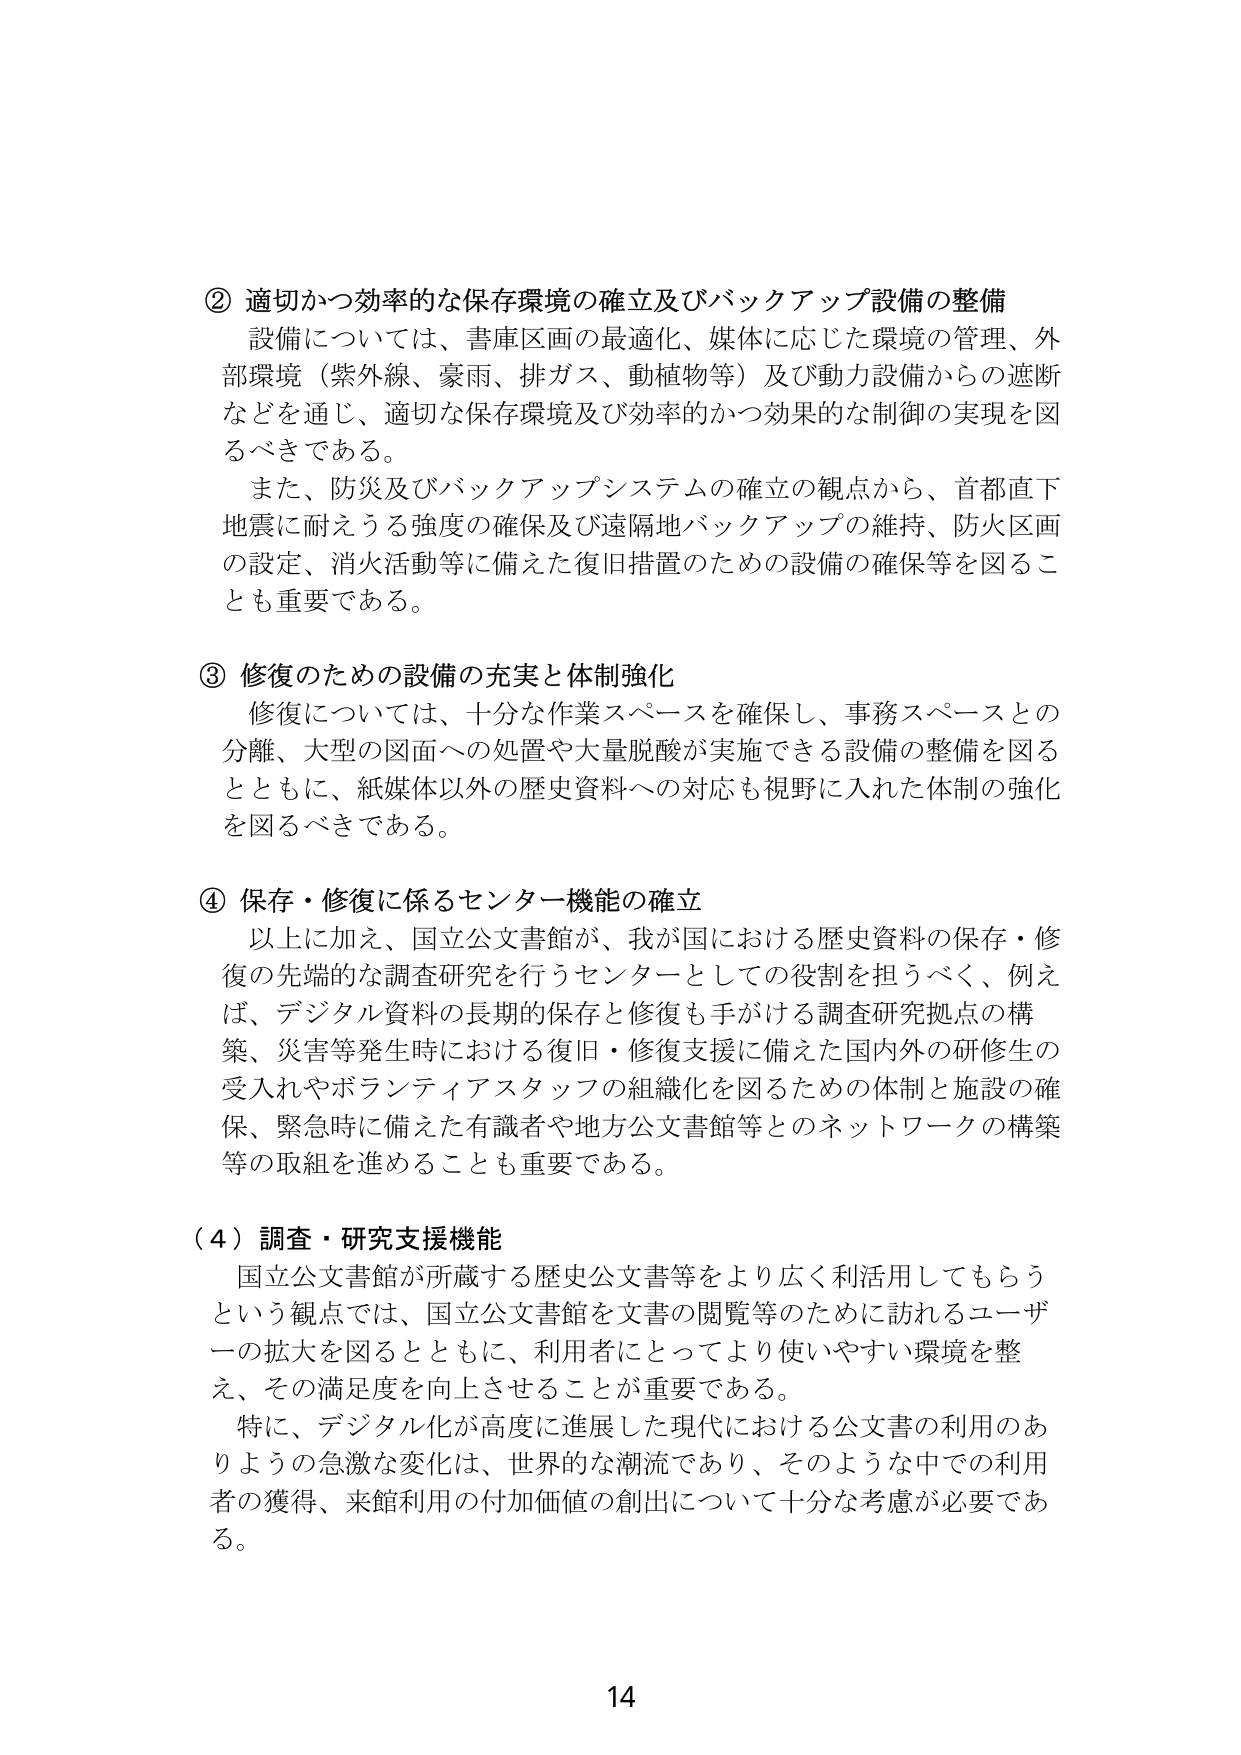
② 適切かつ効率的な保存環境の確立及びバックアップ設備の整備
設備については、書庫区画の最適化、媒体に応じた環境の管理、外部環境（紫外線、豪雨、排ガス、動植物等）及び動力設備からの遮断などを通じ、適切な保存環境及び効率的かつ効果的な制御の実現を図るべきである。
また、防災及びバックアップシステムの確立の観点から、首都直下地震に耐えうる強度の確保及び遠隔地バックアップの維持、防火区画の設定、消火活動等に備えた復旧措置のための設備の確保等を図ることも重要である。

③ 修復のための設備の充実と体制強化
修復については、十分な作業スペースを確保し、事務スペースとの分離、大型の図面への処置や大量脱酸が実施できる設備の整備を図るとともに、紙媒体以外の歴史資料への対応も視野に入れた体制の強化を図るべきである。

④ 保存・修復に係るセンター機能の確立
以上に加え、国立公文書館が、我が国における歴史資料の保存・修復の先端的な調査研究を行うセンターとしての役割を担うべく、例えば、デジタル資料の長期的保存と修復も手がける調査研究拠点の構築、災害等発生時における復旧・修復支援に備えた国内外の研修生の受入れやボランティアスタッフの組織化を図るための体制と施設の確保、緊急時に備えた有識者や地方公文書館等とのネットワークの構築等の取組を進めることも重要である。

（４）調査・研究支援機能
国立公文書館が所蔵する歴史公文書等をより広く利活用してもらうという観点では、国立公文書館を文書の閲覧等のために訪れるユーザーの拡大を図るとともに、利用者にとってより使いやすい環境を整え、その満足度を向上させることが重要である。
特に、デジタル化が高度に進展した現代における公文書の利用のありようの急激な変化は、世界的な潮流であり、そのような中での利用者の獲得、来館利用の付加価値の創出について十分な考慮が必要である。

14